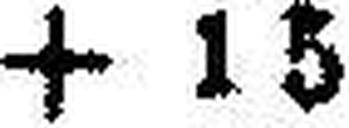
+ 1 5